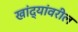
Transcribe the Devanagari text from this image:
खांद्यांवरील